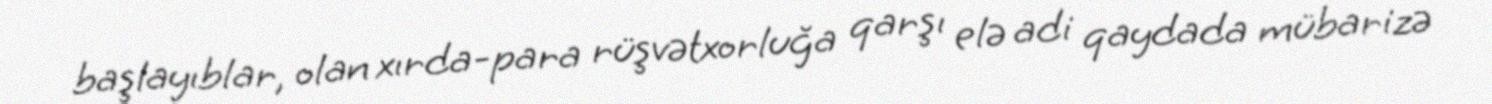
başlayıblar, olan xırda-para rüşvətxorluğa qarşı elə adi qaydada mübarizə